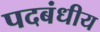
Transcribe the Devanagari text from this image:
पदबंधीय